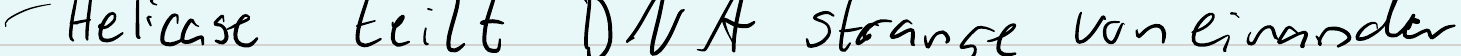
- Helicase teilt DNA strange von einander